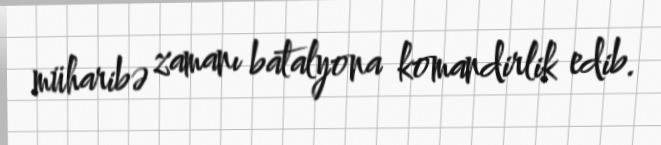
müharibə zamanı batalyona komandirlik edib.